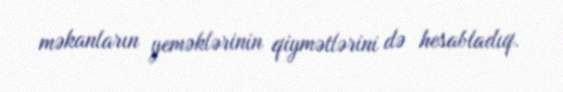
məkanların yeməklərinin qiymətlərini də hesabladıq.